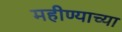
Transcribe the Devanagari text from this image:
महीण्याच्या